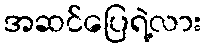
အဆင်ပြေရဲ့လား